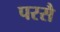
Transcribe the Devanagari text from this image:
परसै